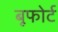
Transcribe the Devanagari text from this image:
बूफोर्ट